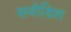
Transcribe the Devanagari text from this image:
सवीडिश